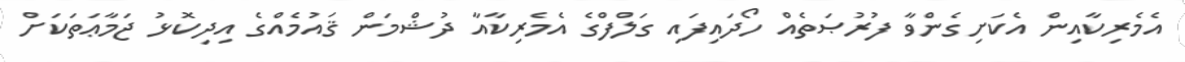
އެމެރިކާއިން އެކަށިގެންވާ ފުރުޞަތެއް ހޯދައިފައި ގަލްފްގެ އެމެރިކާއާ ދުޝްމަން ޤައުމެއްގެ އިދިކޮޅު ޖަމާޢަތަކަށް